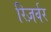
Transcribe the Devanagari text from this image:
रिज़र्वर